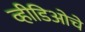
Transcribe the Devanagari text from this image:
व्हीडिओचे